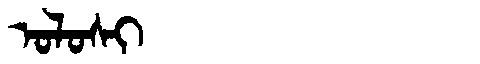
Manchu: ᠣᠯᠣᠰᡳ
Romanization: OLOSI